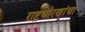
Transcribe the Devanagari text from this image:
राष्ट्रधोरणांचा